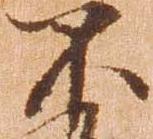
不